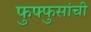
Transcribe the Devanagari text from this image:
फुफ्फुसांची